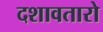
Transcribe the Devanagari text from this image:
दशावतारो